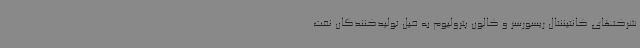
شرکتهای کانتیننتال ریسورسز و کالون پترولیوم به خیل تولیدکنندگان نفت